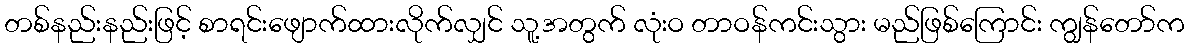
တစ်နည်းနည်းဖြင့် စာရင်းဖျောက်ထားလိုက်လျှင် သူ့အတွက် လုံးဝ တာဝန်ကင်းသွား မည်ဖြစ်ကြောင်း ကျွန်တော်က